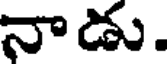
నాడు.